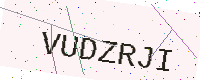
Text: VUDZRJI